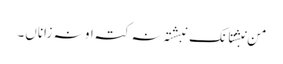
من نبشتانک نبشتہ نہ کتہ او نہ زاناں۔